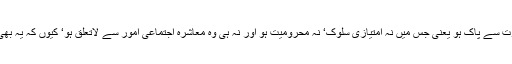
ایک ایسا اسلامی معاشرہ جو طبقاتی تفاوت سے پاک ہو یعنی جس میں نہ امتیازی سلوک‘ نہ محرومیت ہو اور نہ ہی وہ معاشرہ اجتماعی امور سے لاتعلق ہو‘ کیوں کہ یہ بھی ایک طرح کا ظلم اور بے انصافی ہے۔